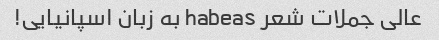
عالی جملات شعر habeas به زبان اسپانیایی!